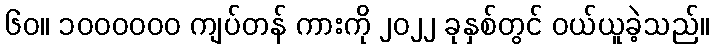
၆၀။ ၁၀၀၀၀၀၀ ကျပ်တန် ကားကို ၂၀၂၂ ခုနှစ်တွင် ဝယ်ယူခဲ့သည်။